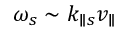
\omega _ { s } \sim k _ { \parallel s } v _ { \parallel }